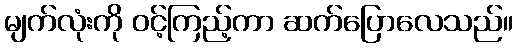
မျက်လုံးကို ဝင့်ကြည့်ကာ ဆက်ပြောလေသည်။